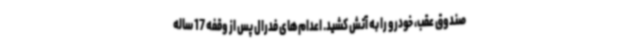
صندوق عقب، خودرو را به آتش کشید. اعدام‌های فدرال پس از وقفه 17 ساله